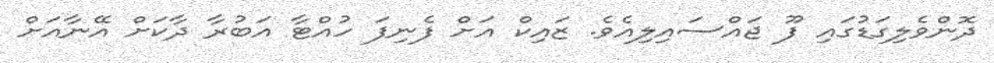
ދޮންވެލިގަޑުގައި ފޫ ޖައްސައިލިއެވެ. ޒައިކް އަށް ފެނިފަ ހުއްޓާ އަބުރާ ދާކަށް އޭނާއަށް